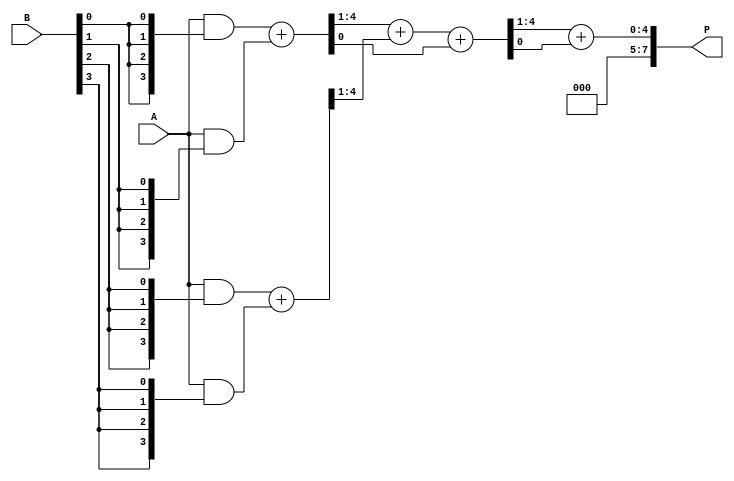
module wallace_tree_multiplier (
    input [3:0] A, // 4-bit operand A
    input [3:0] B, // 4-bit operand B
    output [7:0] P // 8-bit product output
);

    // Intermediate partial products
    wire [3:0] pp[3:0]; // Partial products array

    // Generate Partial Products
    assign pp[0] = A & {4{B[0]}};
    assign pp[1] = A & {4{B[1]}};
    assign pp[2] = A & {4{B[2]}};
    assign pp[3] = A & {4{B[3]}};

    // Stage 1: Reduction of Partial Products
    wire [4:0] s1_0, s1_1, s1_2;

    // First stage of reduction (half adders and full adders)
    assign s1_0 = {1'b0, pp[0]} + {1'b0, pp[1]};
    assign s1_1 = {1'b0, pp[2]} + {1'b0, pp[3]};
    assign s1_2 = {1'b0, s1_0[4:1]} + {1'b0, s1_1[4:1]};

    // Stage 2: Reduce the results from Stage 1
    wire [4:0] s2;

    assign s2 = s1_2 + {1'b0, s1_0[0]}; // Combine the remaining bits

    // Final stage: Add the results to produce the final product
    assign P = s2[4:1] + s2[0]; // Final addition

endmodule